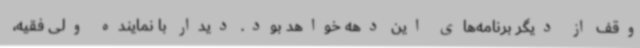
وقف از دیگر برنامه‌های این دهه خواهد بود. دیدار با نماینده ولی فقیه،